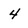
Character: 4